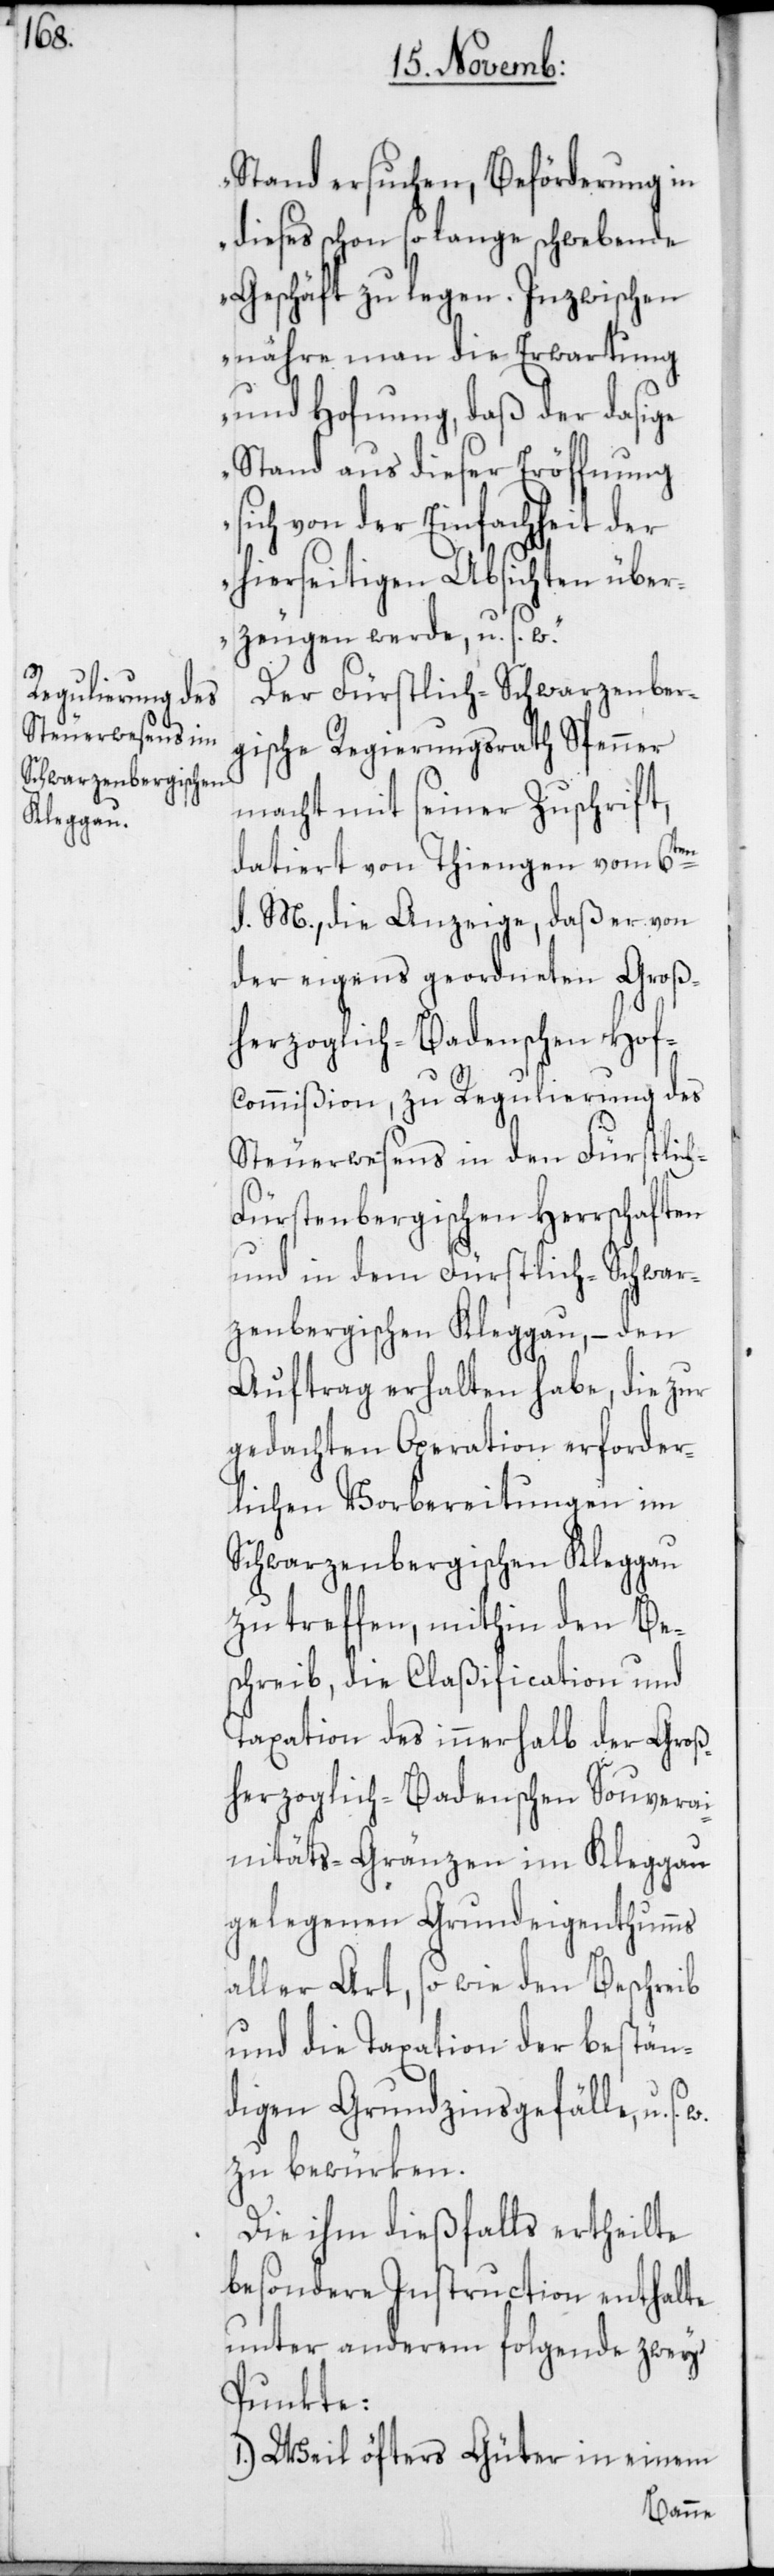
Stand ersuchen, Beförderung in
dieses schon so lange schwebende
Geschäft zu legen. Inzwischen
nähre man die Erwartung
und Hof[f]nung, daß der dasige
Stand aus dieser Eröffnung
sich von der Einfachheit der
hierseitigen Absichten über¬
zeugen werde, u. s. w.“
Der Fürstlich-Schwarzenber¬
gische Regierungsrath Spenner
macht mit seiner Zuschrift,
datiert von Thiengen vom 6ten
d. M., die Anzeige, daß er von
der eigens geordneten Groß¬
herzoglich-Badenschen Hof¬
commißion, zu Regulierung des
Steuerwesens in den Fürstlic¬
h-Fürstenbergischen Herrschaften
und in dem Fürstlich-Schwar¬
zenbergischen Kleggau, – den
Auftrag erhalten habe, die zur
gedachten Operation erforder¬
lichen Vorbereitungen im
Schwarzenbergischen Kleggau
zu treffen, mithin den Be¬
schreib, die Claßification und
Taxation des innerhalb der Groß¬
herzoglich-Badenschen Souverai¬
nitäts-Gränzen im Kleggau
gelegenen Grundeigenthumms
aller Art, sowie den Beschreib
und die Taxation der bestän¬
digen Grundzinsgefälle, u.
zu bewürken.
Die ihm dießfalls ertheilte
besondere Instruction enthalte
unter anderem folgende zwey
Punkte:
1.) Weil öfters Güter in einem